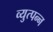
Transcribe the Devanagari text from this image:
व्युत्‍पन्‍न